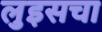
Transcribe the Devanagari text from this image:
लुइसचा